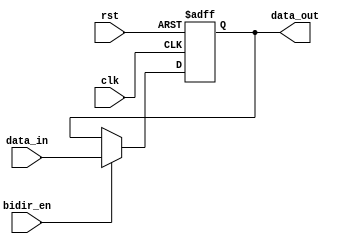
module bidirectional_buffer (
    input wire clk,
    input wire rst,
    input wire bidir_en,
    input wire data_in,
    output wire data_out
);

reg buffer_data;

always @ (posedge clk or posedge rst) begin
    if (rst) begin
        buffer_data <= 0;
    end else if (bidir_en) begin
        buffer_data <= data_in;
    end
end

assign data_out = buffer_data;

endmodule